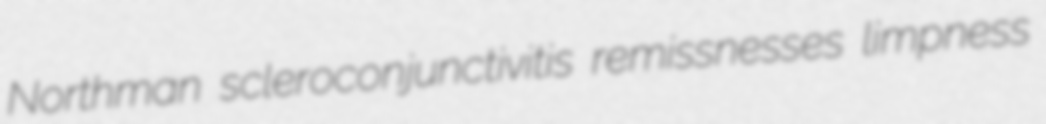
Northman scleroconjunctivitis remissnesses limpness